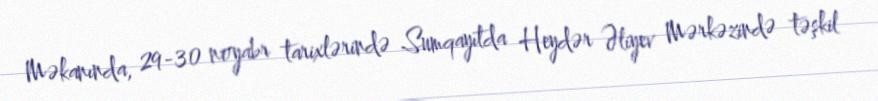
Məkanında, 29-30 noyabr tarixlərində Sumqayıtda Heydər Əliyev Mərkəzində təşkil